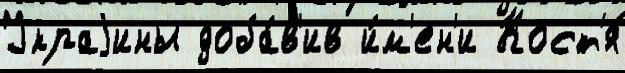
Украjины доба́в'ив и́м'ен'и Кост'я́